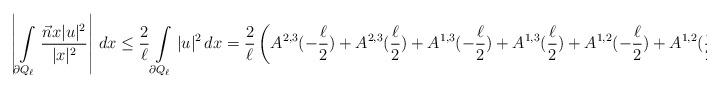
LaTeX: \begin{align*} \left|\int\limits_{\partial Q_\ell}\frac{\Vec{n} x|u|^2}{|x|^2}\right|\,dx&\leq \frac{2}{\ell}\int\limits_{\partial Q_\ell}|u|^2\,dx=\frac{2}{\ell}\left( A^{2,3}(-\frac{\ell}{2})+A^{2,3}(\frac{\ell}{2})+ A^{1,3}(-\frac{\ell}{2})+A^{1,3}(\frac{\ell}{2})+ A^{1,2}(-\frac{\ell}{2})+A^{1,2}(\frac{\ell}{2})\right).\end{align*}